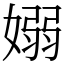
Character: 嫋